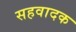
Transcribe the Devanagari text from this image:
सहवादक